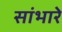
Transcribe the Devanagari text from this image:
सांभारे